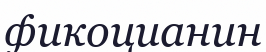
фикоцианин